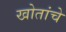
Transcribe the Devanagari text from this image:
खोतांचे